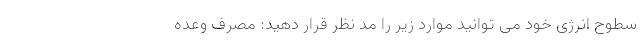
سطوح انرژی خود می توانید موارد زیر را مد نظر قرار دهید: مصرف وعده